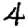
Digit: 4